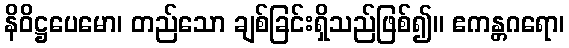
နိဝိဋ္ဌပေမော၊ တည်သော ချစ်ခြင်းရှိသည်ဖြစ်၍။ ဧကန္တဂရော၊